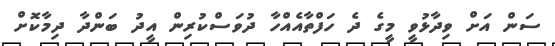
ސަން އަށް ވިދާޅުވީ މީގެ ދެ ހަފްތާއެއްހާ ދުވަސްކުރިން އީދު ބަންދާ ދިމާކޮށް